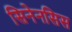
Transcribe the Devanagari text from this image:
सिनेनसिस